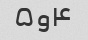
۴و۵